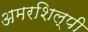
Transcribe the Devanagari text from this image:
अमरशिल्पी